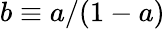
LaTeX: b\equiv a/(1-a)